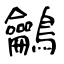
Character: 鸙